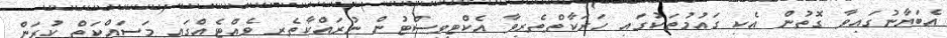
އެބަޔާނުގައިވާ ގޮތުން އެކި ގައުމުތަކުގައި ހަރަކާތްތެރިވާ އެކްޓިވިސްޓުން ނުރައްކާތެރި ވެއްޓެއްގައި މަސައްކަތް ކުރަން